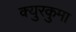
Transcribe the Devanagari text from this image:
क्युरकुमा